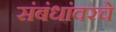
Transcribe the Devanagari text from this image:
संबंधांवरचे